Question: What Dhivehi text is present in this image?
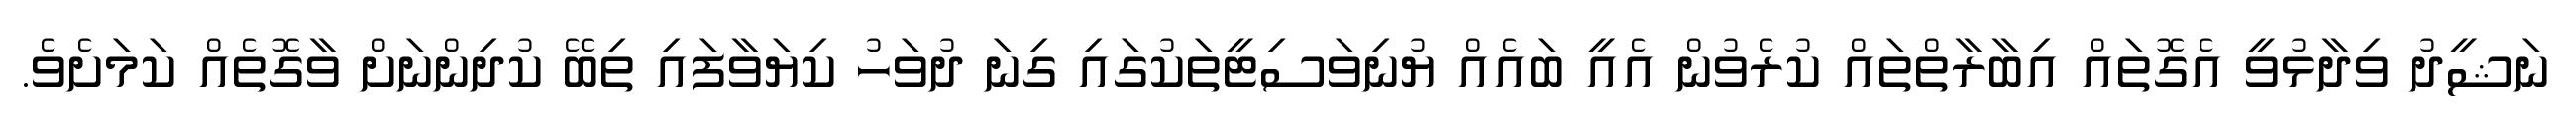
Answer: ނަޝީދު ވިދާޅުވީ އެގޮތައް އިބާރާތްތައް ކުރެވުން އެއީ ބައެއް ޔުނިވަސިޓީތަކުގައި ގިނަ ދުވަހު ކިޔަވާފައި ތިބޭ ކުދިންނަށް ވާގޮތެއް ކަމަށެވެ.